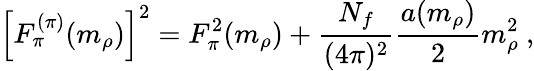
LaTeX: \left[F_{\pi}^{(\pi)}(m_{\rho})\right]^{2}=F_{\pi}^{2}(m_{\rho})+\frac{N_{f}}{(4\pi)^{2}}\frac{a(m_{\rho})}{2}m_{\rho}^{2}\ ,